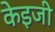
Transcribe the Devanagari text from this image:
केइजी